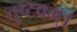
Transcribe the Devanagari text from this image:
तुष्टवम्।